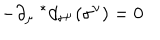
- \partial _ { \mu } \ ^ { * } d _ { \sigma ^ { \mu } } ( \sigma ^ { \nu } ) = 0